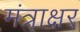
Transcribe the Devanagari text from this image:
मंत्राक्षर